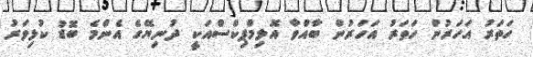
ހަތަރު އަހަރުން ހަތަރު އަހަރުން ބާއްވާ އޮލިމްޕިކްސްއަކީ ދުނިޔޭގެ އެންމެ ބޮޑު ކުޅިވަރު